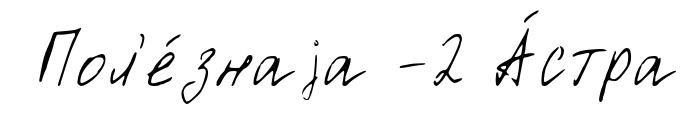
Пол'е́знаjа -2 А́стра